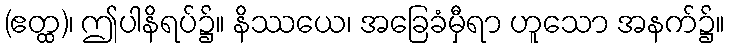
(ဧတ္ထ)၊ ဤပါနိရပ်၌။ နိဿယေ၊ အခြေခံမှီရာ ဟူသော အနက်၌။